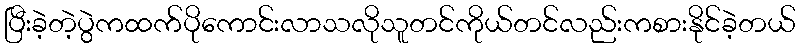
ပြီးခဲ့တဲ့ပွဲကထက်ပိုကောင်းလာသလိုသူတင်ကိုယ်တင်လည်းကစားနိုင်ခဲ့တယ်